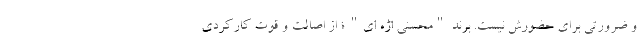
و ضرورتی برای حضورش نیست. برند "محسنی اژه ای" ؛ از اصالت و قوت کارکردی